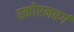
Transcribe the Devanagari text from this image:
स्कोएनबर्ग